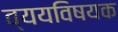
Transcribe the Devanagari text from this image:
व्ययविषयक